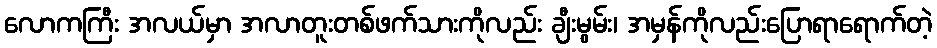
လောကကြီး အလယ်မှာ အလာတူးတစ်ဖက်သားကိုလည်း ချီးမွမ်း၊ အမှန်ကိုလည်းပြောရာရောက်တဲ့